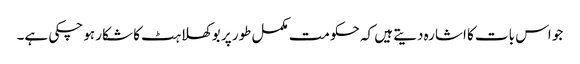
جو اس بات کا اشارہ دیتے ہیں کہ حکومت مکمل طور پر بوکھلاہٹ کا شکار ہو چکی ہے۔